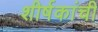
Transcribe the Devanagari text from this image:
शीर्षकांची